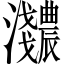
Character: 𬉰